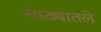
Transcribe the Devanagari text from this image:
साठ्यातले